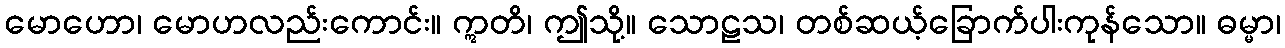
မောဟော၊ မောဟလည်းကောင်း။ ဣတိ၊ ဤသို့။ သောဠသ၊ တစ်ဆယ့်ခြောက်ပါးကုန်သော။ ဓမ္မာ၊